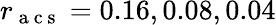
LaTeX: r_{\mathrm{~a~c~s~}}=0.16,0.08,0.04